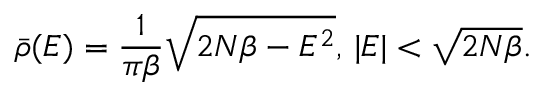
\bar { \rho } ( E ) = \frac { 1 } { \pi \beta } \sqrt { 2 N \beta - E ^ { 2 } } , \, \lvert E \rvert < \sqrt { 2 N \beta } .